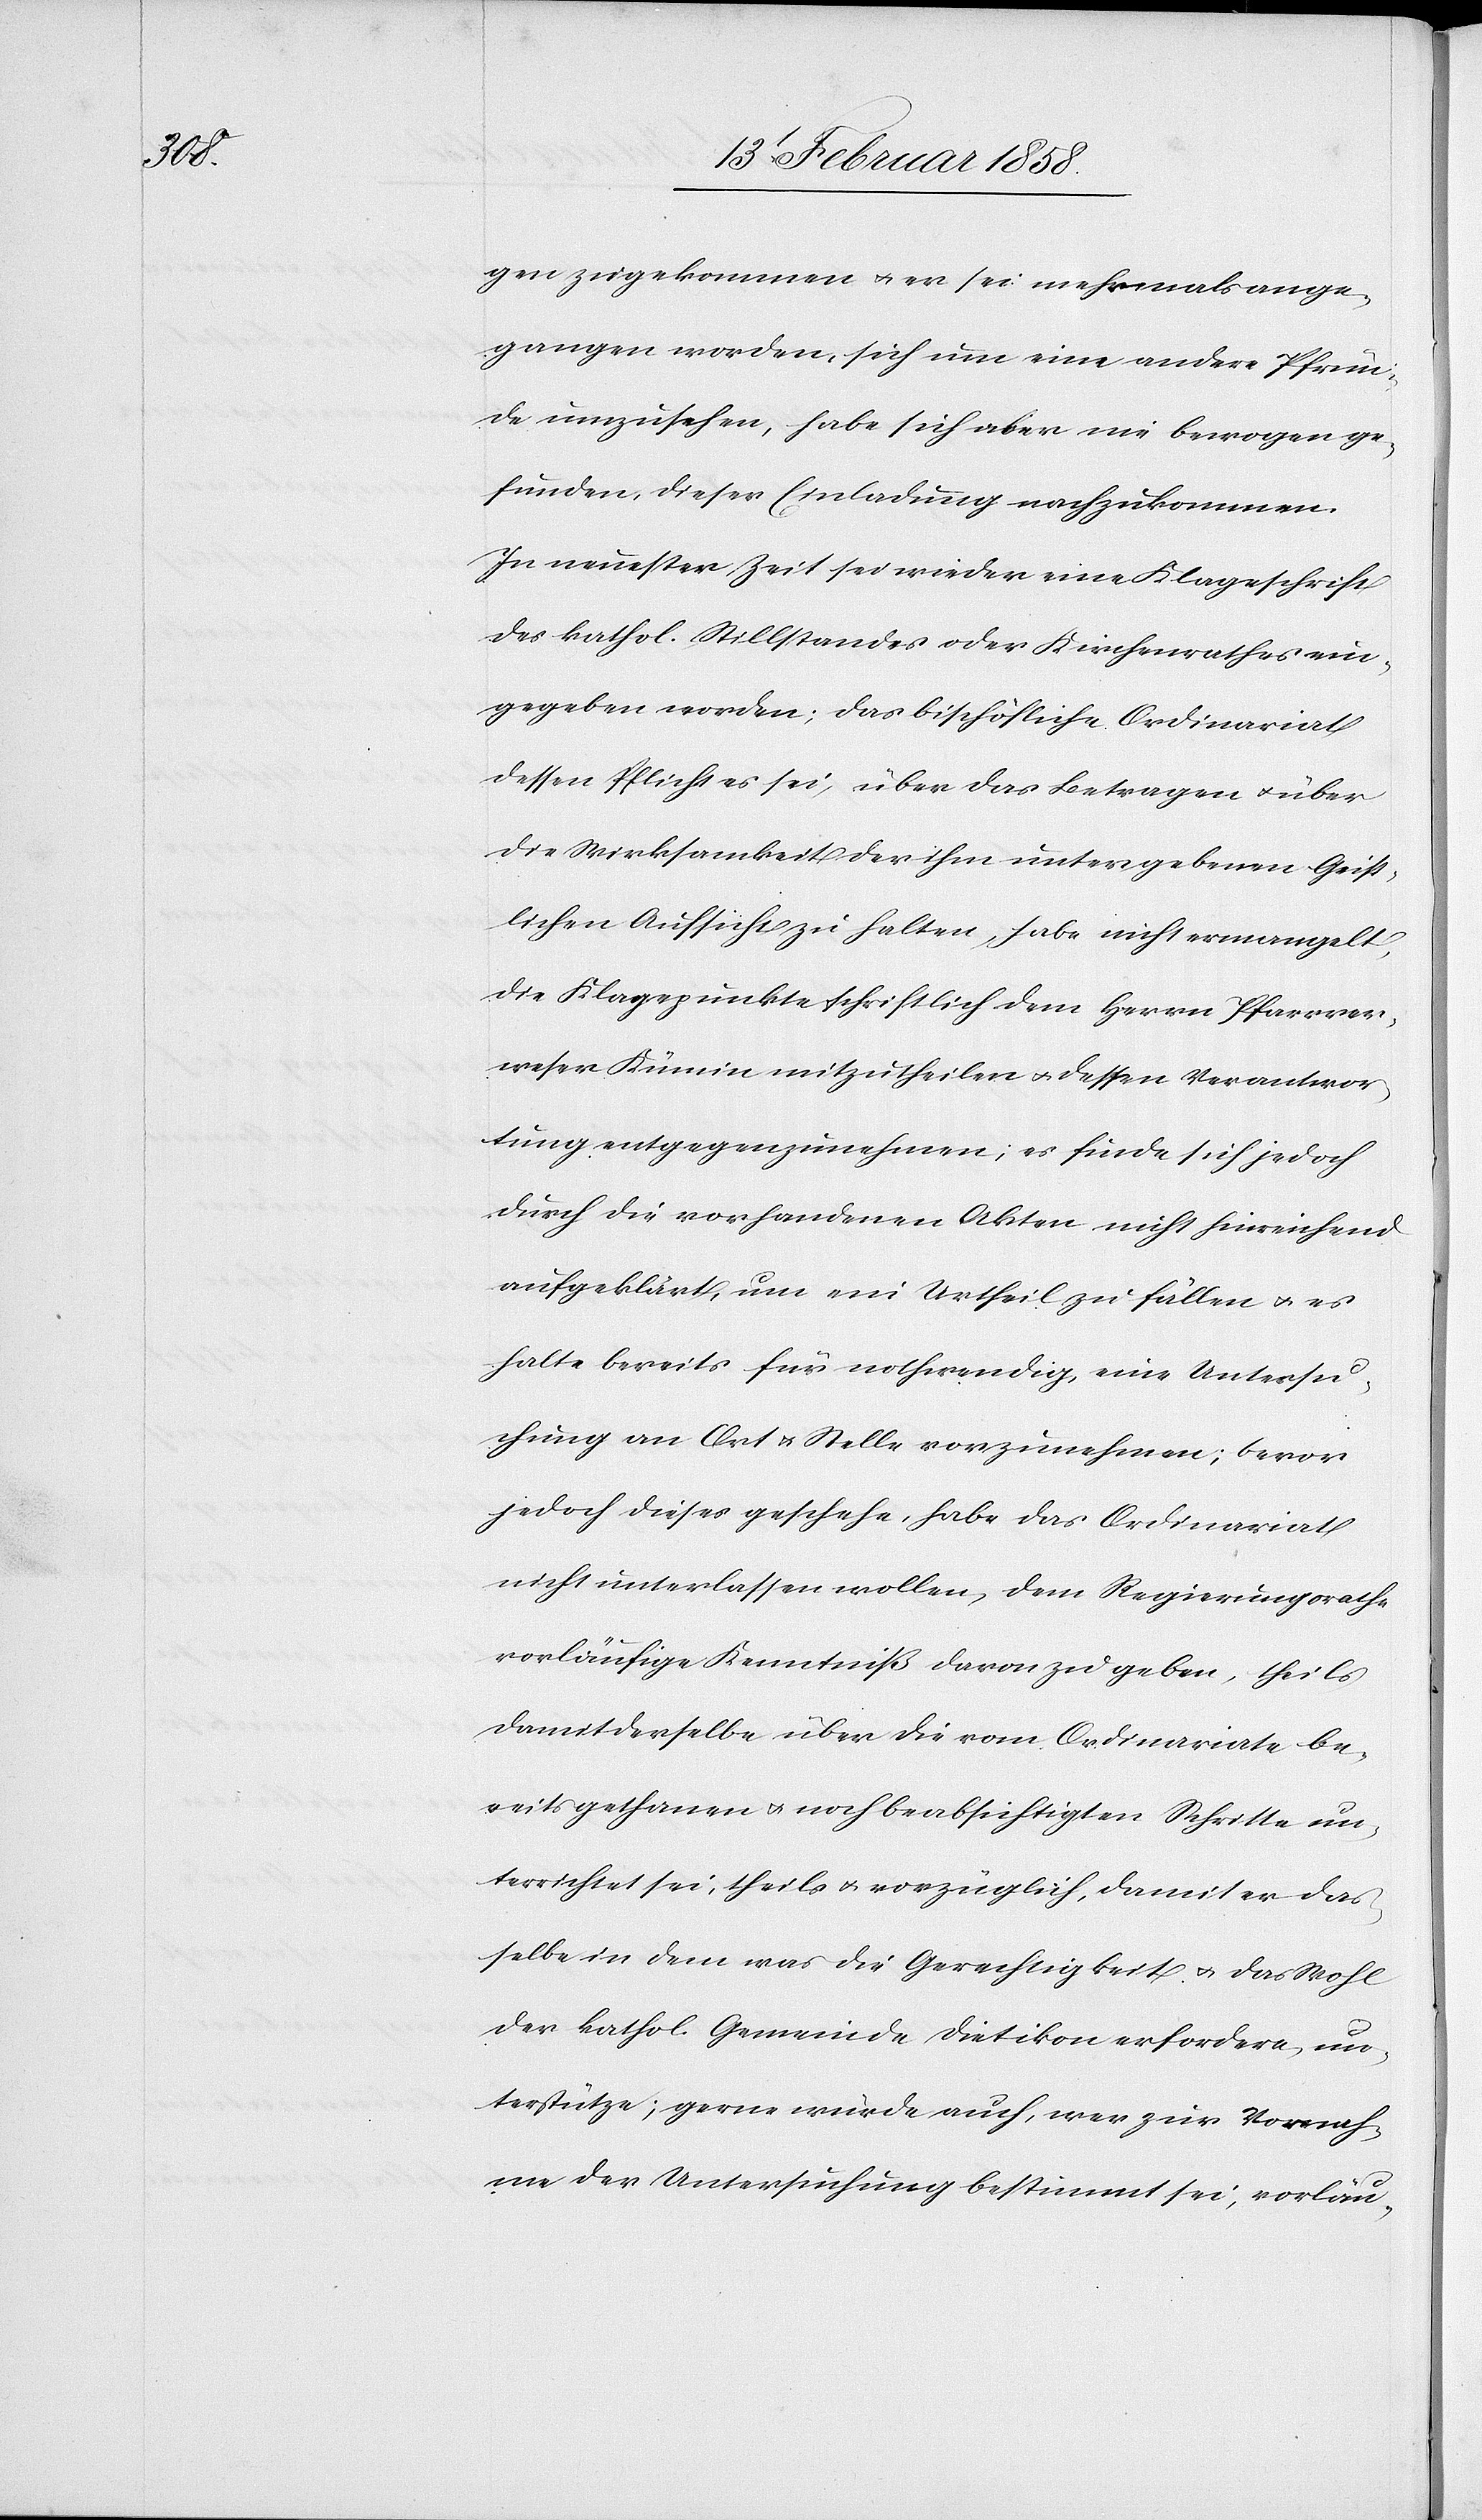
gen zugekommen u. er sei mehrmals ange¬
gangen worden, sich um eine andere Pfrün¬
de umzusehen, habe sich aber nie bewogen ge¬
funden, dieser Einladung nachzukommen.
In neuester Zeit sei wieder eine Klageschrift
des kathol. Stillstandes oder Kirchenrathes ein¬
gegeben worden; das bischöfliche Ordinariat
dessen Pflicht es sei, über das Betragen u. über
die Wirksamkeit der ihm untergebenen Geist¬
lichen Aufsicht zu halten, habe nicht ermangelt,
die Klagepunkte schriftlich dem Herrn Pfarrver¬
weser Kümin mitzutheilen u. dessen Verantwor¬
tung entgegenzunehmen; es finde sich jedoch
durch die vorhandenen Akten nicht hinreichend
aufgeklärt, um ein Urtheil zu fällen u. es
halte bereits für nothwendig, eine Untersu¬
chung an Ort u. Stelle vorzunehmen; bevor
jedoch dieses geschehe, habe das Ordinariat
nicht unterlassen wollen, dem Regierungsrathe
vorläufige Kenntniß davon zu geben, theils
damit derselbe über die vom Ordinariate be¬
reits gethanen u. noch beabsichtigten Schritte un¬
terrichtet sei, theils u. vorzüglich, damit er das¬
selbe in dem was die Gerechtigkeit u. das Wohl
der kathol. Gemeinde Dietikon erfordere un¬
terstütze; gerne würde auch, wer zur Vornah¬
me der Untersuchung bestimmt sei, vorläu-